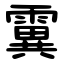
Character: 霬